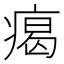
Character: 𤸎